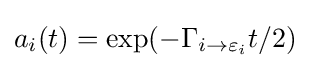
a_{i}(t)=\exp(-\Gamma _{i\to \varepsilon _{i}}t/2)